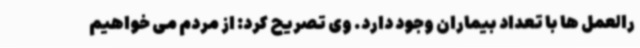
رالعمل ها با تعداد بیماران وجود دارد. وی تصریح کرد: از مردم می خواهیم